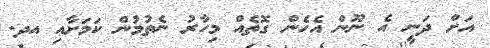
އަށް ދަނީ އެ ނޫން އެހެން ގޮތެއް މިހާރު ނެތުމުން ކަމަށާއި އދ.